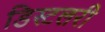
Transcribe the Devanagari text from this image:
डिस्टलरी